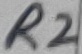
Text: R2